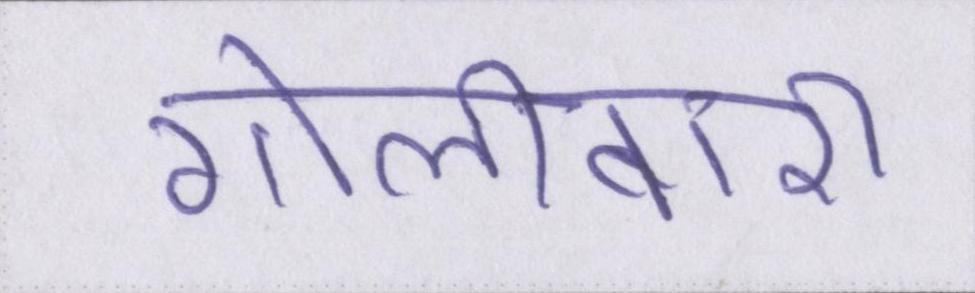
गोलीबारी